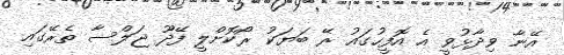
އޭނާ ވިދާޅުވީ އެ އޮފީހުގައު ރޭ ބަޔަކު ރޯކޮށްލީ ފޭދޫ ޖަލްސާ ތެރޭގައި